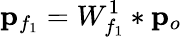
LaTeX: {\mathbf p}_{f_{1}}=W_{f_{1}}^{1}*{\mathbf p}_{o}